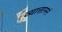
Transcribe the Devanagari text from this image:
व्यात्ताननं